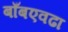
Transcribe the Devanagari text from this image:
बाँबएवढा